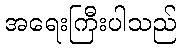
အရေးကြီးပါသည်